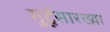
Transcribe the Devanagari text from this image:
गुर्टूसारख्या